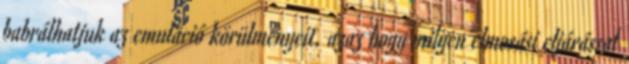
babrálhatjuk az emuláció körülményeit, azaz hogy milyen elmosási eljárással